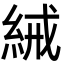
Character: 𬗕